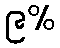
၉%